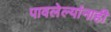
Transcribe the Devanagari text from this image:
पावलेल्यांनाही